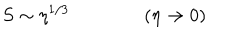
S \sim \eta ^ { 1 / 3 } \qquad \qquad ( \eta \rightarrow 0 )